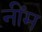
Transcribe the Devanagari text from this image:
नींम